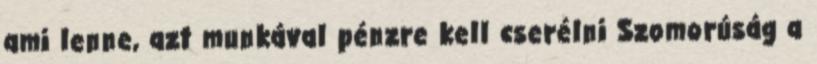
ami lenne, azt munkával pénzre kell cserélni Szomorúság a